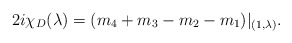
\begin{align*}2i\chi_D(\lambda)= (m_4+m_3-m_2-m_1)\vert_{(1,\lambda)}.\end{align*}